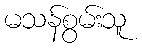
မသန်စွမ်းသူ